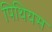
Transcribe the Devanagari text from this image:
पिथियस